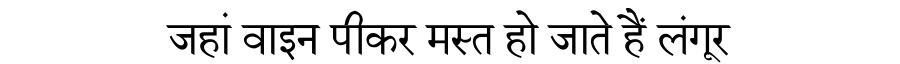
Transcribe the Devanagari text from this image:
जहां वाइन पीकर मस्त हो जाते हैं लंगूर